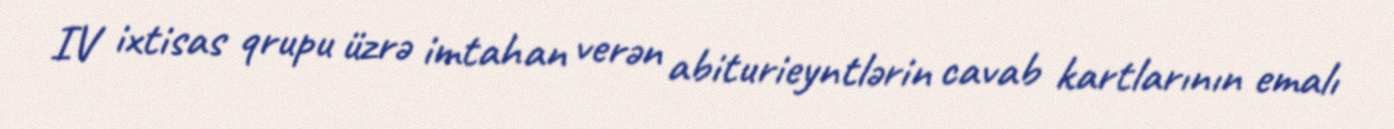
IV ixtisas qrupu üzrə imtahan verən abiturieyntlərin cavab kartlarının emalı